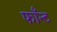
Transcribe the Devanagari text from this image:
फाँन्ट